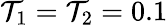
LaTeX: \mathcal{T}_{1}=\mathcal{T}_{2}=0.1